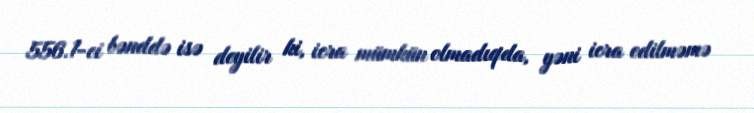
556.1-ci bənddə isə deyilir ki, icra mümkün olmadıqda, yəni icra edilməmə